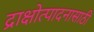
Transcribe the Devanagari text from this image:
द्राक्षोत्पादनासाठी